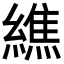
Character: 𦅃